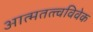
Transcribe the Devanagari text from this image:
आत्मतत्त्वविवेक